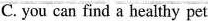
C. you can find a healthy pet